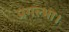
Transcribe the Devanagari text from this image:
प्रगल्भा।